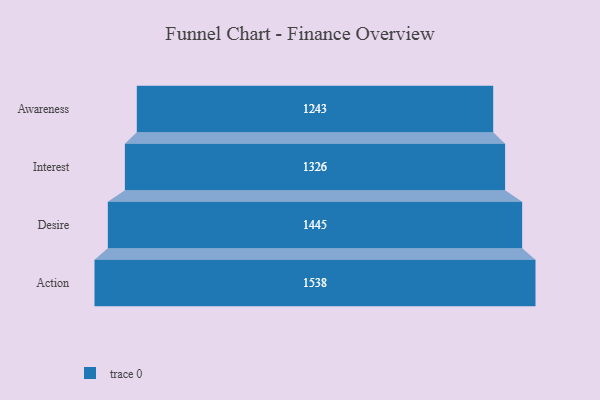
{"axis": {"x": "Stage", "y": "Value"}, "legend": [""], "data": [{"x": "Awareness", "y": 1243.0, "type": ""}, {"x": "Interest", "y": 1326.0, "type": ""}, {"x": "Desire", "y": 1445.0, "type": ""}, {"x": "Action", "y": 1538.0, "type": ""}]}